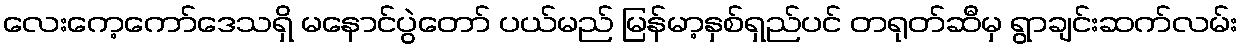
လေးကေ့ကော်ဒေသရှိ မနောင်ပွဲတော် ပယ်မည် မြန်မာ့နှစ်ရှည်ပင် တရုတ်ဆီမှ ရွာချင်းဆက်လမ်း